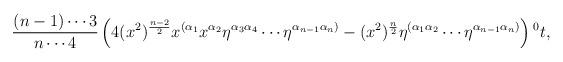
LaTeX: \begin{align*}\frac{(n-1)\cdots3}{n\cdots4}\left( 4(x^2)^{\frac{n-2}{2}} x^{(\alpha_{1}}x^{\alpha_{2}}\eta^{\alpha_3\alpha_4}\cdots\eta^{\alpha_{n-1}\alpha_n)} -(x^2)^{\frac{n}{2}}\eta^{(\alpha_1\alpha_2}\cdots\eta^{\alpha_{n-1}\alpha_n)}\right){^0t},\end{align*}